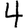
Digit: 4